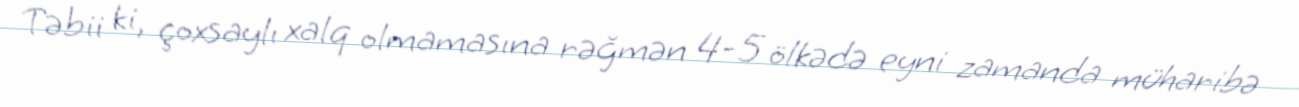
Təbii ki, çoxsaylı xalq olmamasına rəğmən 4-5 ölkədə eyni zamanda müharibə